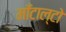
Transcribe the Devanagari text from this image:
माँटाल्टो